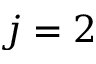
j = 2